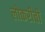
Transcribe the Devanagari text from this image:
लोकरीची